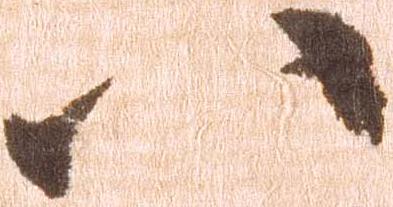
八